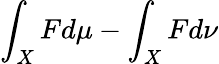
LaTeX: \int_{X}Fd\mu-\int_{X}Fd\nu